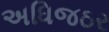
અધિજઠર